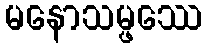
မနောသမ္ဖဿေ